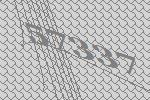
57337